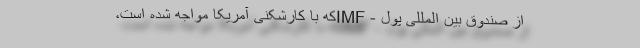
از صندوق بین المللی پول - IMFکه با کارشکنی آمریکا مواجه شده است،‌